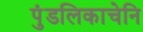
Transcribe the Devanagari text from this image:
पुंडलिकाचेनि